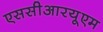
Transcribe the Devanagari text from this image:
एससीआरयूएम